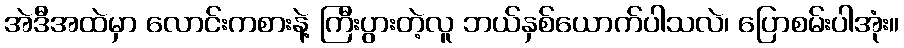
အဲဒီအထဲမှာ လောင်းကစားနဲ့ ကြီးပွားတဲ့လူ ဘယ်နှစ်ယောက်ပါသလဲ၊ ပြောစမ်းပါအုံး။